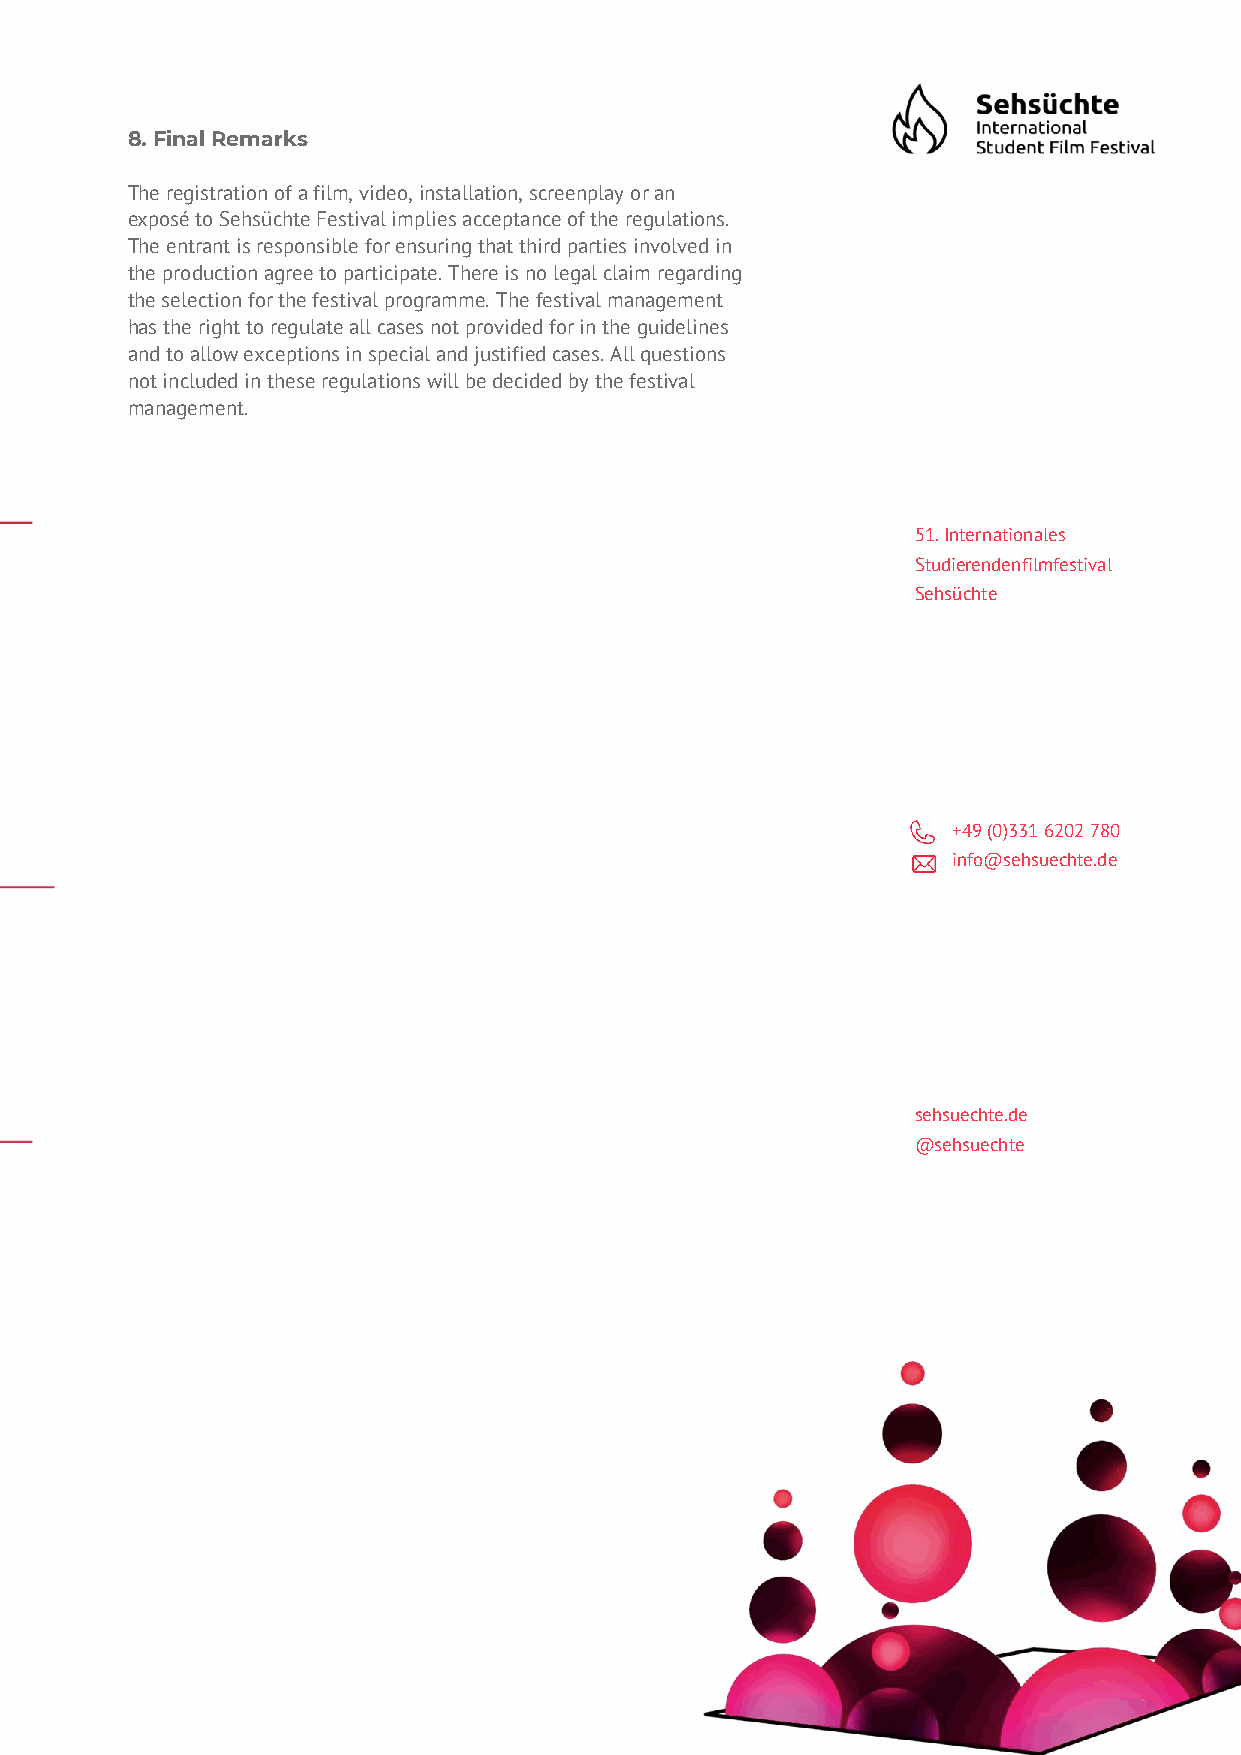
8. Final Remarks
 The registration of a film, video, installation, screenplay or an
 exposé to Sehsüchte Festival implies acceptance of the regulations.
 The entrant is responsible for ensuring that third parties involved in
 the production agree to participate. There is no legal claim regarding
 the selection for the festival programme. The festival management
 has the right to regulate all cases not provided for in the guidelines
 and to allow exceptions in special and justified cases. All questions
 not included in these regulations will be decided by the festival
 management.
 51. Internationales
 Studierendenfilmfestival
 Sehsüchte
 +49 (0)331 6202 780
 info@sehsuechte.de
 sehsuechte.de
 @sehsuechte